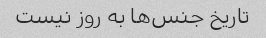
تاریخ جنس‌ها به روز نیست